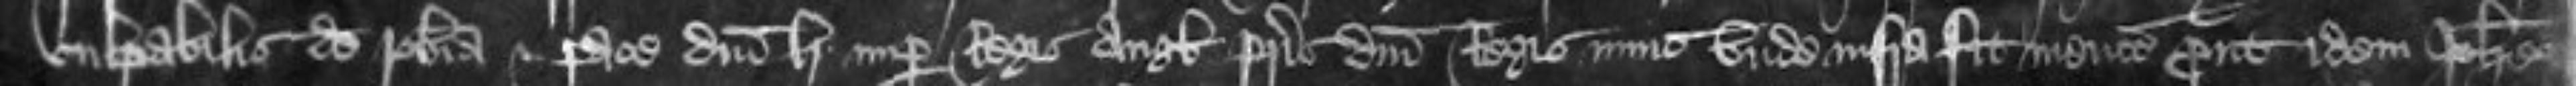
culpabilis de roberia et pace domini Henrici nuper Regis Anglie patris domini Regis nunc unde infra fit mencio prout idem Johannes